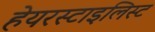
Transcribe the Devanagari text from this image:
हेयरस्टाइलिस्ट